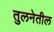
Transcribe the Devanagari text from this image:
तुलनेतील